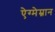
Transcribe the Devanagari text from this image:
ऐग्मेम्नान